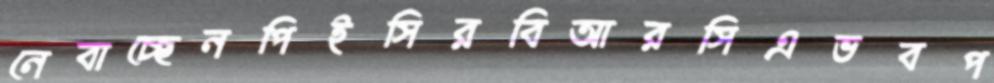
নেবাচ্ছেনপিইসিরবিআরসিএভবপ